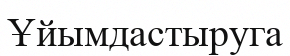
Ұйымдастыруга